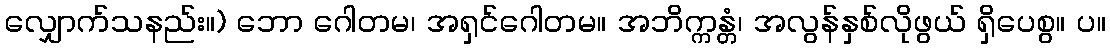
လျှောက်သနည်း။) ဘော ဂေါတမ၊ အရှင်ဂေါတမ။ အဘိက္ကန္တံ၊ အလွန်နှစ်လိုဖွယ် ရှိပေစွ။ ပ။